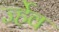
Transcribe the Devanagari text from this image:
र्ज्हेव